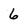
Character: 6